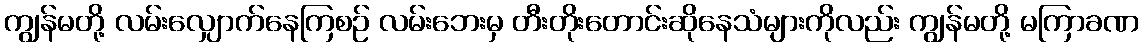
ကျွန်မတို့ လမ်းလျှောက်နေကြစဉ် လမ်းဘေးမှ တီးတိုးတောင်းဆိုနေသံများကိုလည်း ကျွန်မတို့ မကြာခဏ